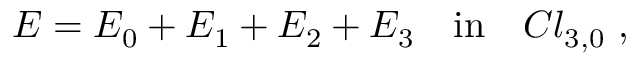
E = E _ { 0 } + E _ { 1 } + E _ { 2 } + E _ { 3 } ~ ~ ~ \mathrm { i n } ~ ~ ~ C l _ { 3 , 0 } ~ ,